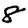
Digit: 8